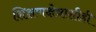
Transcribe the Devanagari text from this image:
शिक्षणक्षेत्राशीही